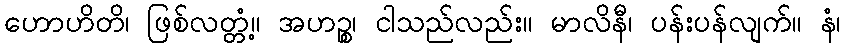
ဟောဟိတိ၊ ဖြစ်လတ္တံ့။ အဟဉ္စ၊ ငါသည်လည်း။ မာလိနီ၊ ပန်းပန်လျက်။ နံ၊